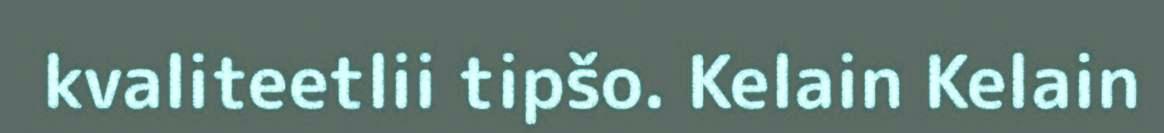
kvaliteetlii tipšo. Kelain Kelain